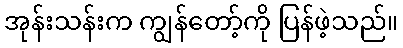
အုန်းသန်းက ကျွန်တော့်ကို ပြန်ဖဲ့သည်။